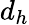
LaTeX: d_{h}